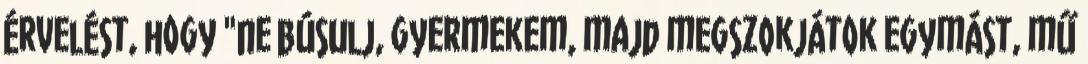
érvelést, hogy "ne búsulj, gyermekem, majd megszokjátok egymást, mű